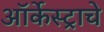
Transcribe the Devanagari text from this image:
ऑर्केस्ट्राचे